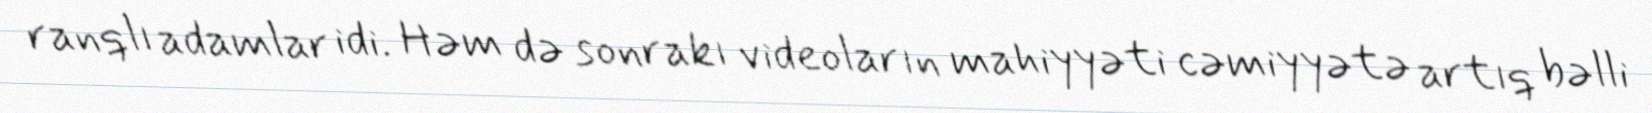
ranqlı adamlar idi. Həm də sonrakı videoların mahiyyəti cəmiyyətə artıq bəlli